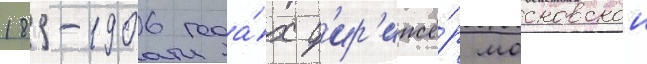
1899-1906 года́х д'ир'ижё́р московскои